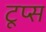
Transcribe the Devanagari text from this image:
टूप्स